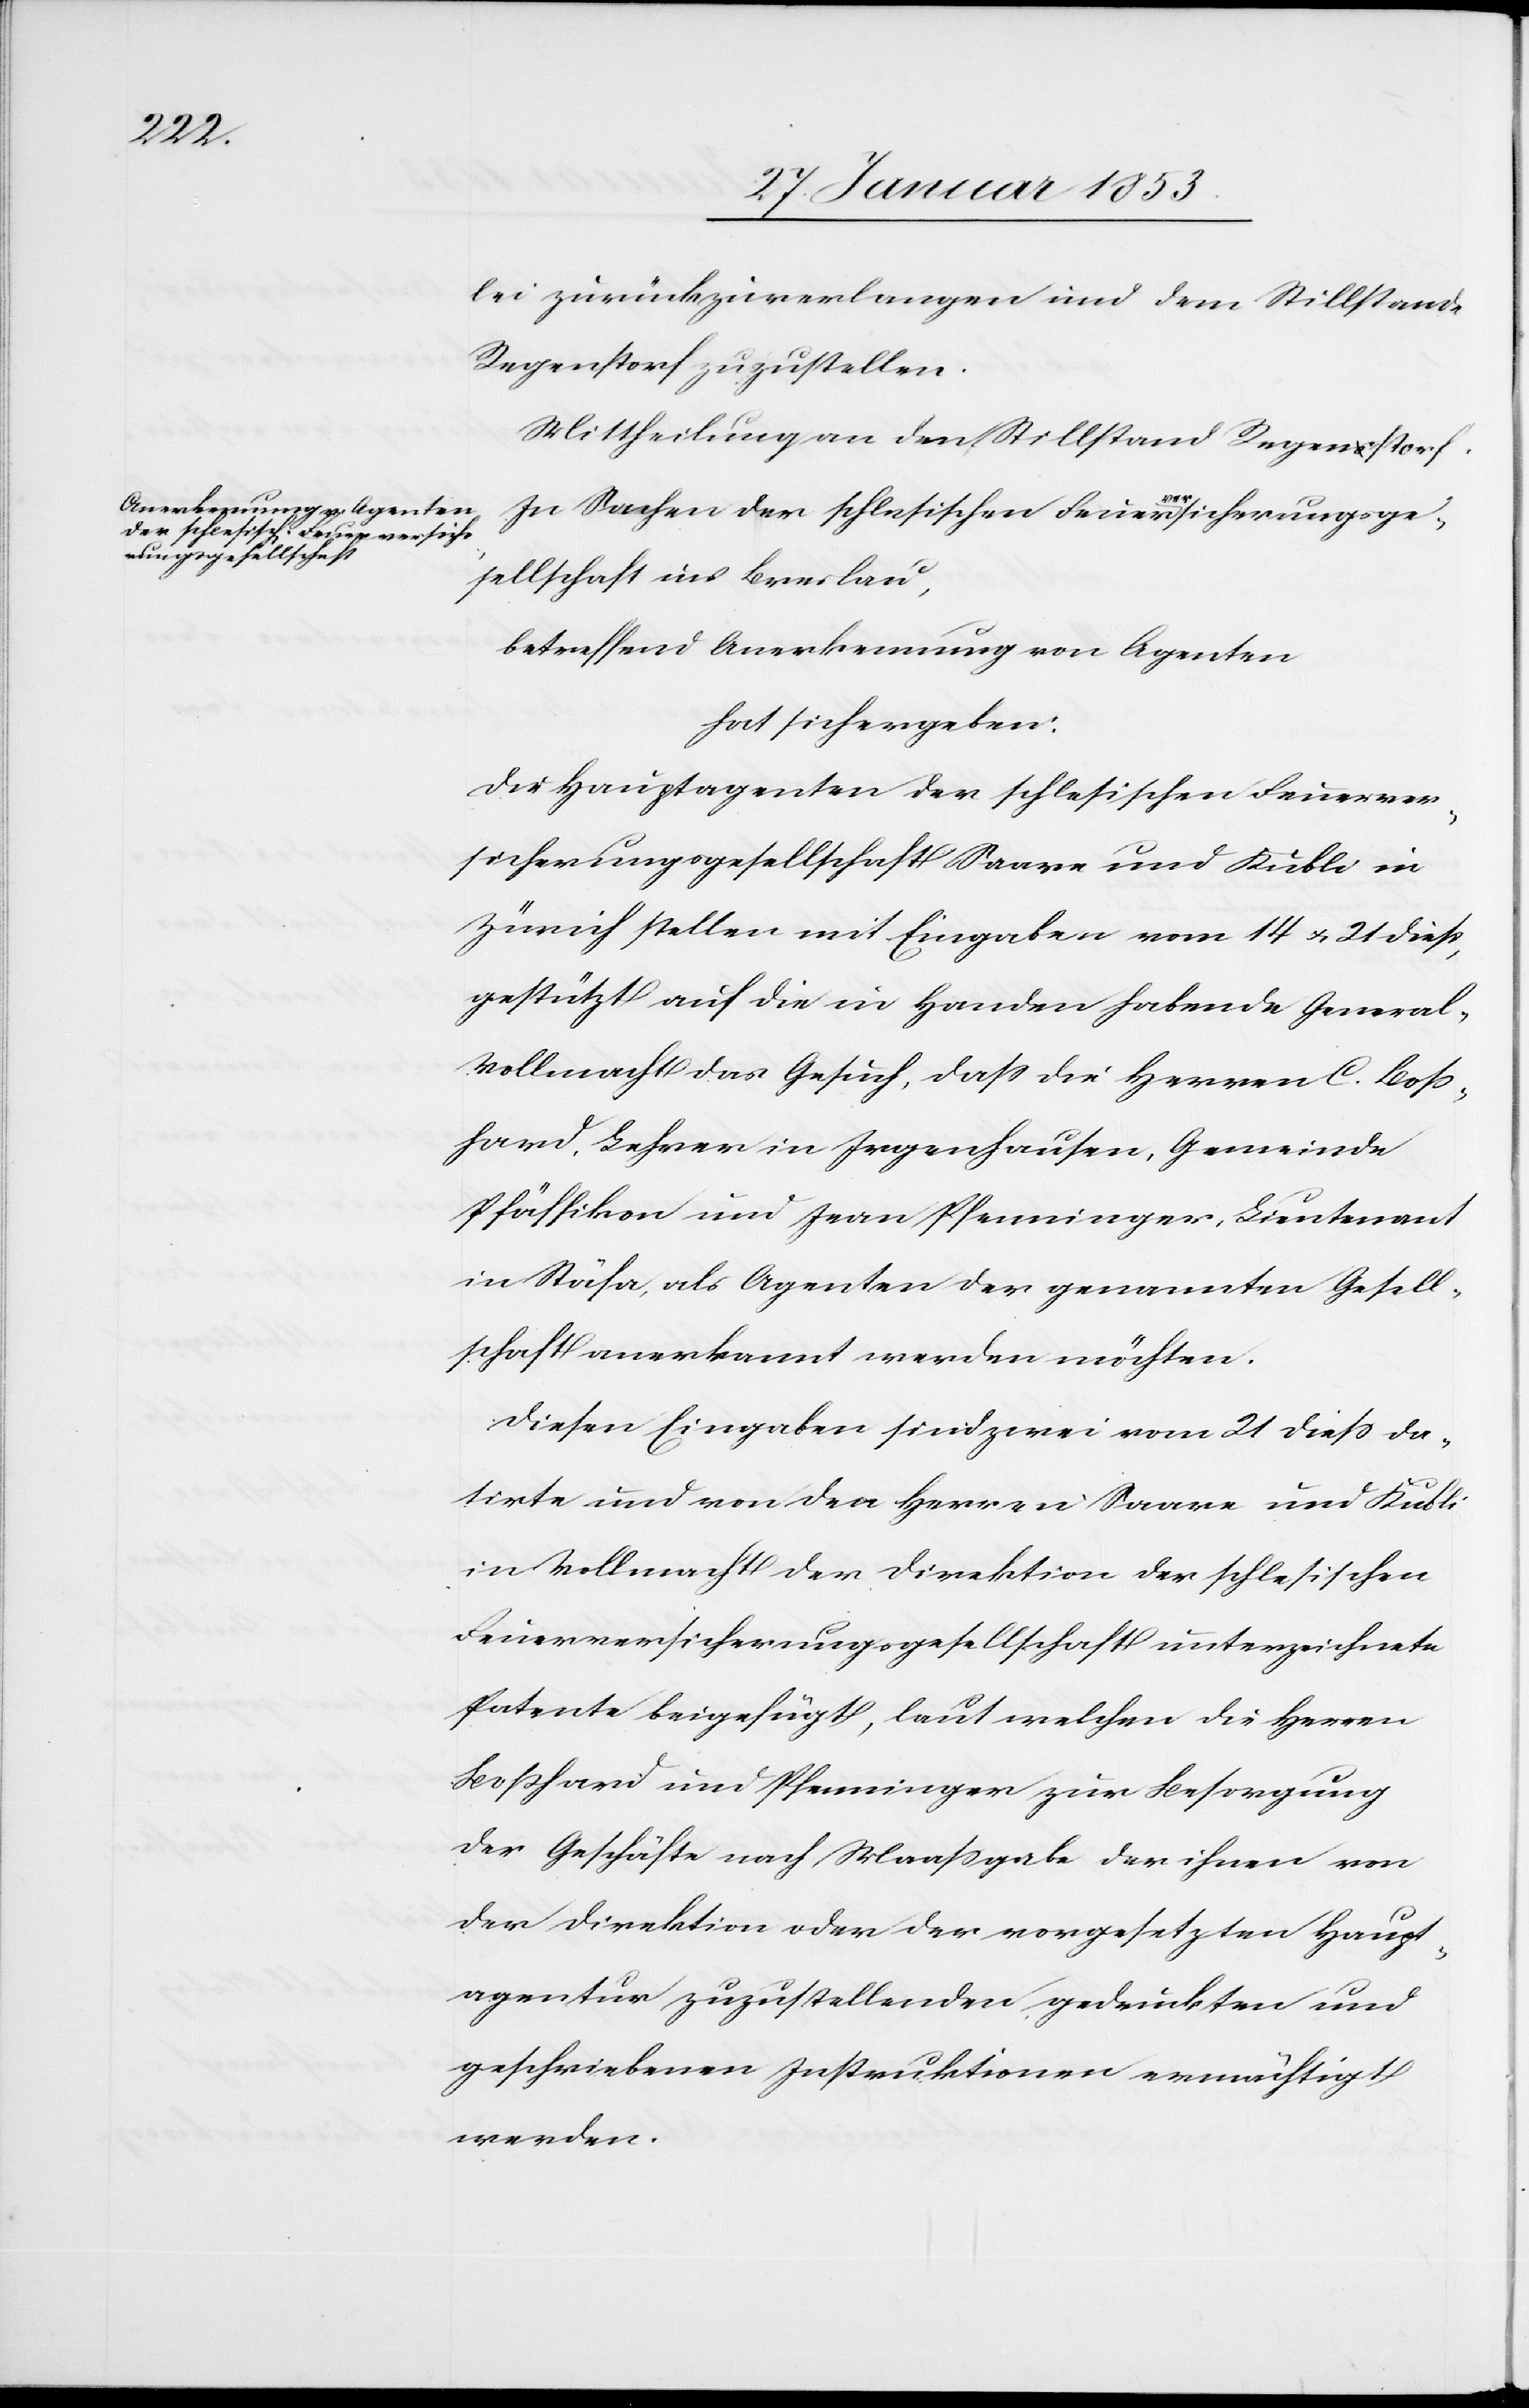
lei zurückzuverlangen und dem Stillstande
Regenstorf zuzustellen.
Mittheilung an den Stillstand Regenstorf.
In Sachen der schlesischen Feuerversicherungsge¬
sellschaft ins [sic!] Breslau,
betreffend Anerkennung von Agenten
hat sich ergeben:
Die Hauptagenten der schlesischen Feuerver¬
sicherungsgesellschaft Saare und Kübli in
Zürich stellen mit Eingabe vom 14 u. 24 dieß
gestützt auf die in Handen habende General¬
vollmacht das Gesuch, daß die Herren C. Boß¬
hard, Lehrer in Irgenhausen, Gemeinde
Pfäffikon und Ivan Pfenninger, Lieutenant
in Stäfa, als Agenten der genannten Gesell¬
schaft anerkannt werden möchten.
Diesen Eingaben sind zwei vom 21 dieß da¬
tirte und von den Herrn Saarne und Kübli
in Vollmacht der Direktion der schlesischen
Feuerversicherungsgesellschaft unterzeichnete
Patente beigefügt, laut welchen die Herrn
Boßhard und Pfenninger zur Besorgung
der Geschäfte nach Maasgabe der ihnen von
der Direktion oder der vorgesetzten Haupt¬
agentur zuzustellenden gedruckten und
geschriebenen Instruktionen ermächtigt
werden.